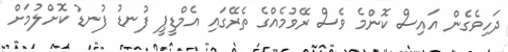
ދަހިވެގެން އައިސް ކޮންމެ ވެސް ރޭވުމެއްގެ ތެރޭގައި އެމްޑީޕީ ފުނޑު ފުނޑު ކޮށްލުމަށް